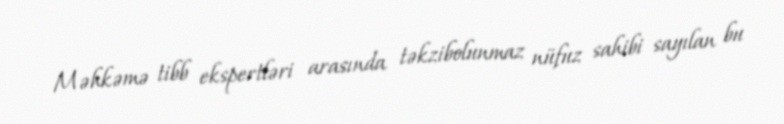
Məhkəmə tibb ekspertləri arasında təkzibolunmaz nüfuz sahibi sayılan bu